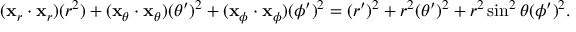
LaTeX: ( \mathbf { x } _ { r } \cdot \mathbf { x } _ { r } ) ( r ^ { 2 } ) + ( \mathbf { x } _ { \theta } \cdot \mathbf { x } _ { \theta } ) ( \theta ^ { \prime } ) ^ { 2 } + ( \mathbf { x } _ { \phi } \cdot \mathbf { x } _ { \phi } ) ( \phi ^ { \prime } ) ^ { 2 } = ( r ^ { \prime } ) ^ { 2 } + r ^ { 2 } ( \theta ^ { \prime } ) ^ { 2 } + r ^ { 2 } \sin ^ { 2 } \theta ( \phi ^ { \prime } ) ^ { 2 } .